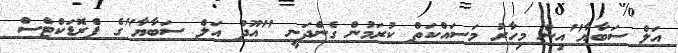
އަލް ސަބާޔާ"އިން މިހާރު މަސައްކަތް ކުރަމުން ގެންދަނީ "އޫދު އަލް ސަބާޔާ"ގެ ޕްެރޮޑަކްޓްސް